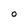
Character: O